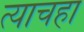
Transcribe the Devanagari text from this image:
त्याचहा